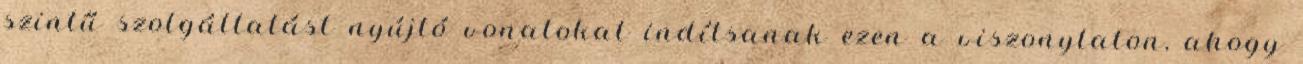
szintű szolgáltatást nyújtó vonatokat indítsanak ezen a viszonylaton, ahogy